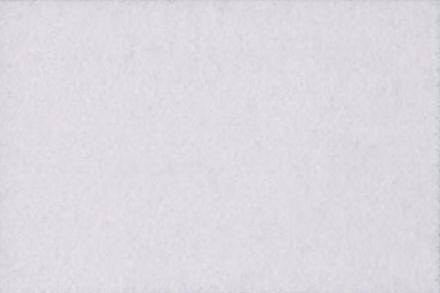
खां